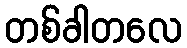
တစ်ခါတလေ